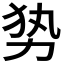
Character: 𭄣